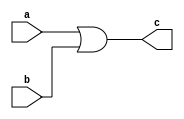
// ----- or gate ------- 
module ornazr(a,b,c);

input a , b  ;
output c ; 

or o1 (c,a,b);

endmodule 

//// ------ TESTBENCH  
module techtbechorgate ();

reg a,b ; 

wire c ; 

ornazr o1(a,b,c);

initial 
begin 

$monitor ("Time = %2d , A = %b , B=%b , C = %b", $time , a ,b,c);

      a=1'b0 ; b = 1'b0 ;  

#10   a=1'b0 ; b = 1'b1 ; 

#10   a=1'b1; b = 1'b0 ;

#10   a=1'b1 ; b = 1'b1 ;  

	end 

endmodule